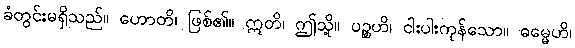
ခံတွင်းမရှိသည်။ ဟောတိ၊ ဖြစ်၏။ ဣတိ၊ ဤသို့။ ပဉ္စဟိ၊ ငါးပါးကုန်သော။ ဓမ္မေဟိ၊